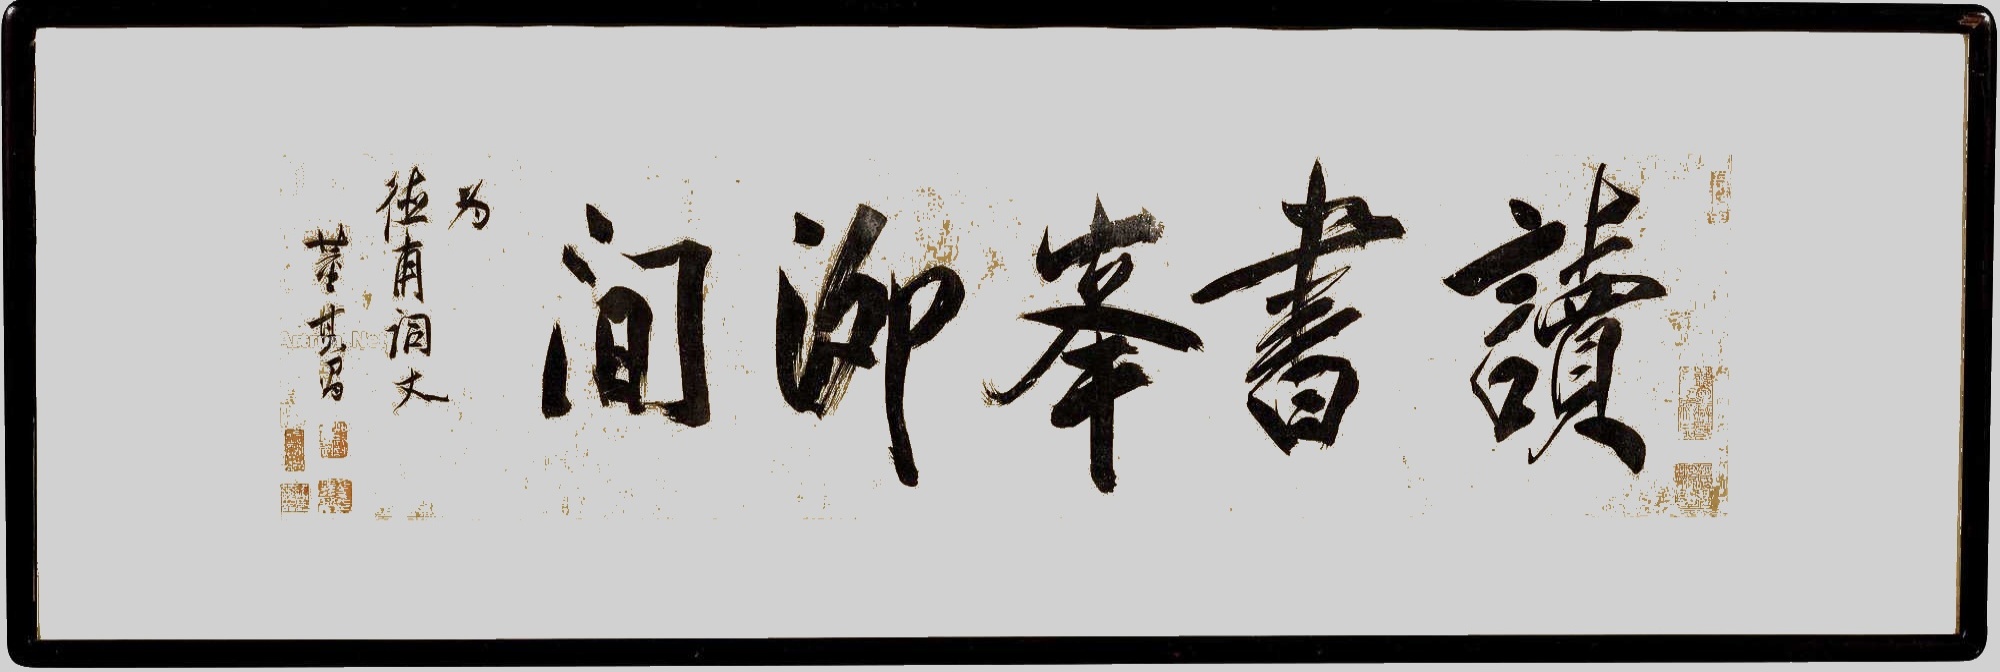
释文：读书峰泖间。为德甫词丈，董其昌。